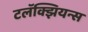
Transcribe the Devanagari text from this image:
टलॅक्झियन्स